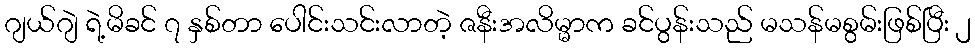
ဂျယ်ဂျဲ ရဲ့မိခင် ၇ နှစ်တာ ပေါင်းသင်းလာတဲ့ ဇနီးအလိမ္မာက ခင်ပွန်းသည် မသန်မစွမ်းဖြစ်ပြီး ၂